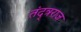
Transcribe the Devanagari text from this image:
तंद्त्रराज